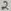
Text: 2